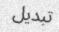
تبديل